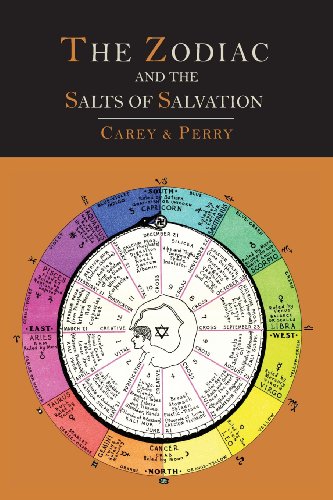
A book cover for The Zodiac and the Salts of Salvation: Two Parts; George W. Carey; Health, Fitness & Dieting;